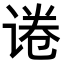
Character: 𬤃